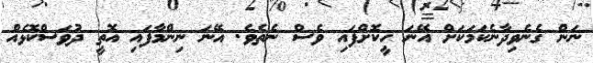
ނަން ގެނެވިދާނެކަމަކަށް އޭނަ ހީކޮށްފައި ވެސް ނެތެވެ. އޭނަ ނިންމާފައި އޮތީ ދުވަސްކޮޅެއް